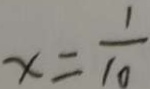
x = \frac { 1 } { 1 0 }